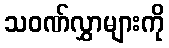
သဝဏ်လွှာများကို